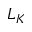
L _ { K }